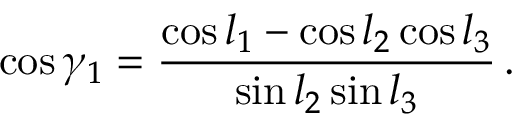
\cos \gamma _ { 1 } = { \frac { \cos l _ { 1 } - \cos l _ { 2 } \cos l _ { 3 } } { \sin l _ { 2 } \sin l _ { 3 } } } \, .